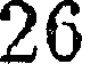
26